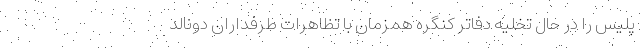
پلیس را در حال تخلیه دفاتر کنگره همزمان با تظاهرات طرفداران دونالد